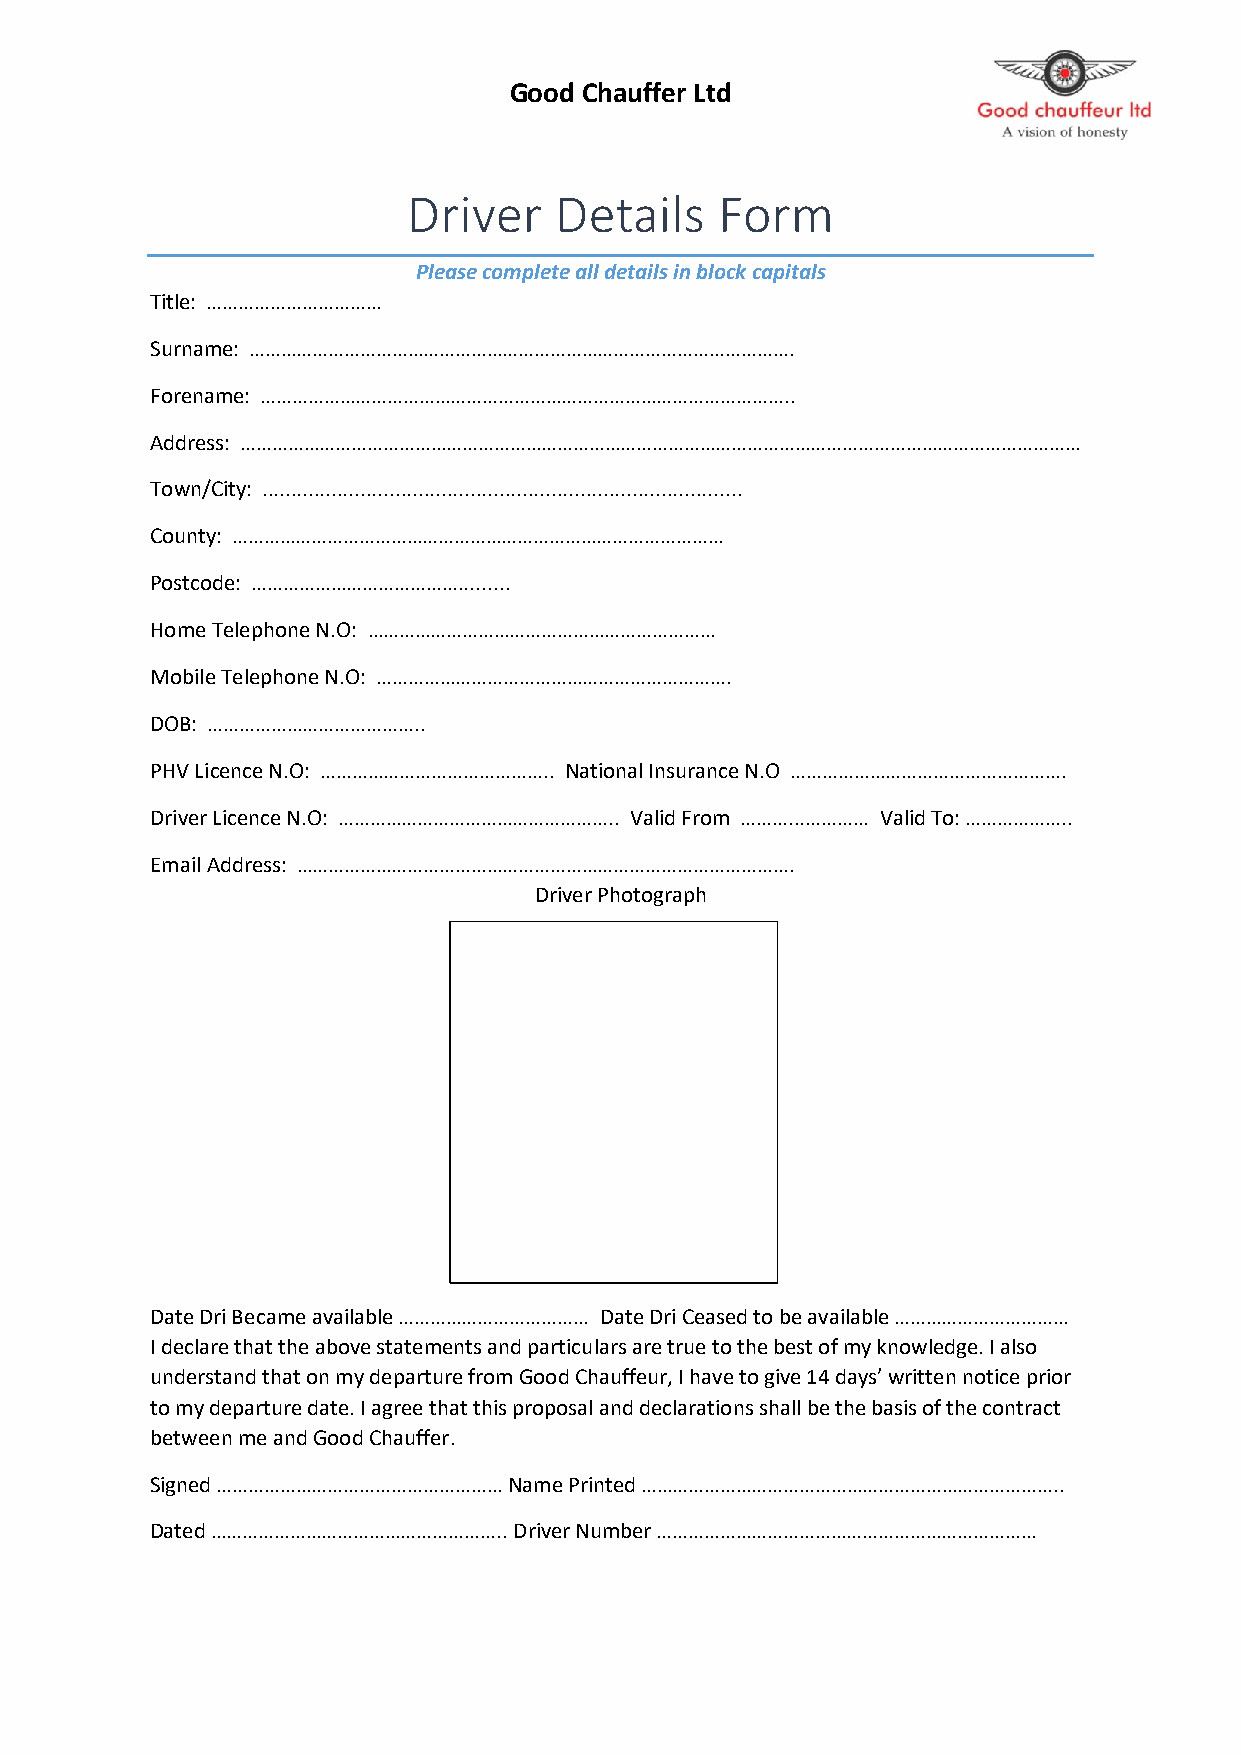
Good Chauffer Ltd
 Driver    Details    Form
 Please complete all details in block capitals
 Title: ……………………………
 Surname: ………………………………………………………………………………………….
 Forename: ………………………………………………………………………………………..
 Address: ……………………………………………………………………………………………………………………………………………
 Town/City: ...................................................................................
 County: …………………………………………………………………………………
 Postcode: ………………………………….........
 Home Telephone N.O: …………………………………………………………
 Mobile Telephone N.O: ………………………………………………………….
 DOB: …………………………………..
 PHV Licence N.O: …………………………………….. National Insurance N.O …………………………………………….
 Driver Licence N.O: …………………………………………….. Valid From ………...………… Valid To: ………………..
 Email Address: ………………………………………………………………………………….
 Driver Photograph
 Date Dri Became available ……………………………… Date Dri Ceased to be available ……………………………
 I declare that the above statements and particulars are true to the best of my knowledge. I also
 understand that on my departure from Good Chauffeur, I have to give 14 days’ written notice prior
 to my departure date. I agree that this proposal and declarations shall be the basis of the contract
 between me and Good Chauffer.
 Signed ……………………………………………… Name Printed ……………………………………………………………………..
 Dated ……………………………………………….. Driver Number ………………………………………………………………